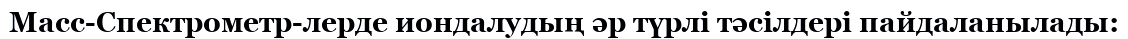
Масс-Спектрометр-лерде иондалудың әр түрлі тәсілдері пайдаланылады: